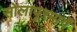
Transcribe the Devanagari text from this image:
सोलापूरमार्गे